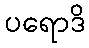
ပရောဒိ